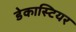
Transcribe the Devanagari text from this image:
डेकास्टियर